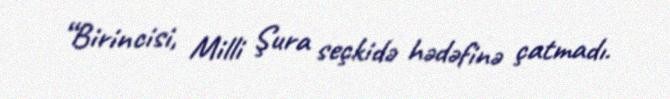
“Birincisi, Milli Şura seçkidə hədəfinə çatmadı.